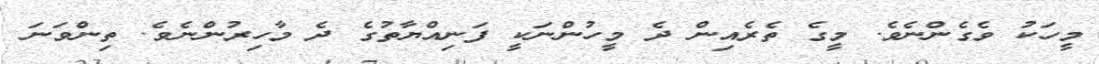
މީހަކު ވެގެންނެވެ. މީގެ ތެރެއިން ދެ މީހުންނަކީ ފަނިއްޔާތުގެ ދެ މާހިރުންނެވެ. ތިންވަނަ